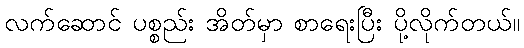
လက်ဆောင် ပစ္စည်း အိတ်မှာ စာရေးပြီး ပို့လိုက်တယ်။